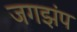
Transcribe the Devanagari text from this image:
जगझंप